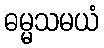
ဓမ္မသမယံ